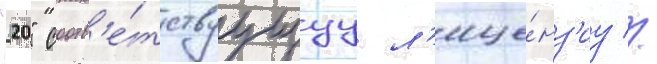
"20" соотв'е́тствуущуу л'ице́нз'иу //